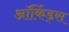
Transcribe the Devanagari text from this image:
ऑर्किड्स